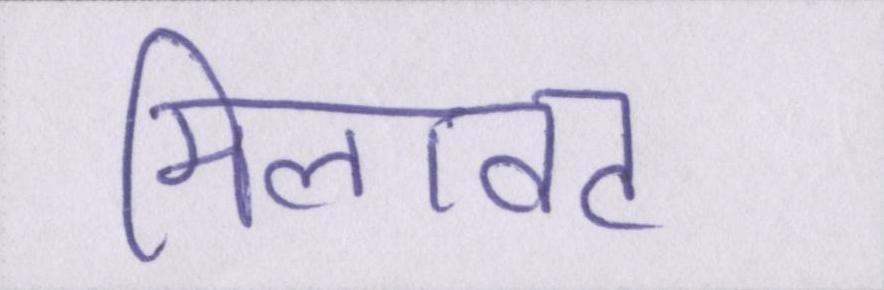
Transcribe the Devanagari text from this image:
मिलावट